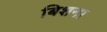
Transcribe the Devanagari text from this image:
बिशना